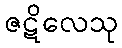
ဇဋိလေသု